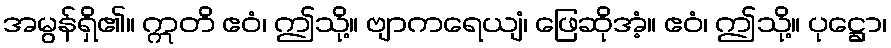
အမွန်ရှိ၏။ ဣတိ ဧဝံ၊ ဤသို့။ ဗျာကရေယျံ၊ ဖြေဆိုအံ့။ ဧဝံ၊ ဤသို့။ ပုဋ္ဌော၊